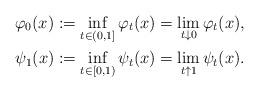
LaTeX: \begin{align*}\varphi_0(x):=\inf_{t\in(0,1]}\varphi_t(x)=\lim_{t\downarrow0}\varphi_t(x),\\\psi_1(x):=\inf_{t\in[0,1)}\psi_t(x)=\lim_{t\uparrow1}\psi_t(x).\end{align*}